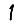
Digit: 1